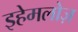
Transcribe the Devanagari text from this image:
इहेमलोज़